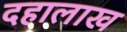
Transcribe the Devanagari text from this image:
दहालाख